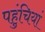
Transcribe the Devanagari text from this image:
पहुंचियां